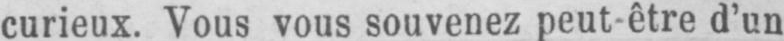
curieux. Vous vous souvenez peut-être d’un